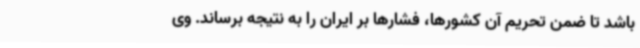
باشد تا ضمن تحریم آن کشورها، فشارها بر ایران را به نتیجه برساند. وی